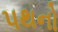
પથનો